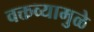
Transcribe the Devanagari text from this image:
वक्तव्यामुळे